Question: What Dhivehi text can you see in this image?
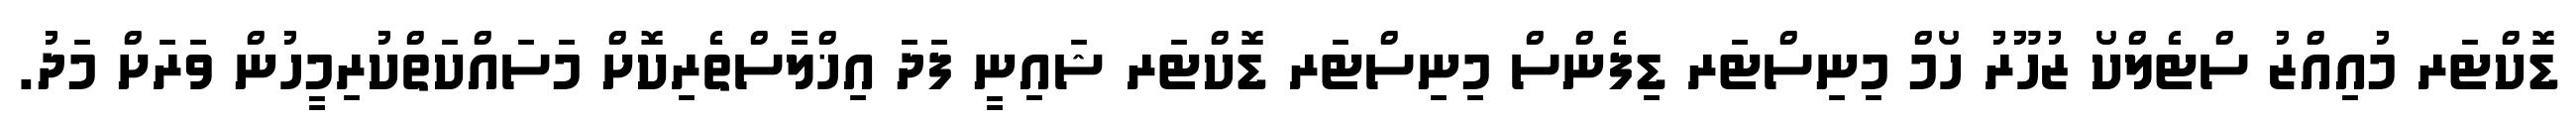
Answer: ޑޮކްޓަރ މުއިއްޒު ސްޓެލްކޯ ޒުހޫރު ހޯމް މިނިސްޓަރ ޑިފެންސް މިނިސްޓަރ ޑޮކްޓަރ ޝައިނީ ފަދަ އިޚްލާސްތެރިކޮށް މަސައްކަތްކުރިމީހުން ވަރަށް މަދު.